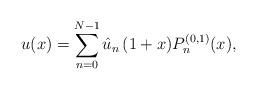
LaTeX: \begin{align*}u(x)=\sum_{n=0}^{N-1} \hat u_n\, (1+x)P_n^{(0,1)}(x),\end{align*}